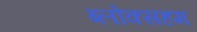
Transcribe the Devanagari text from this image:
ब्लोक्सहम